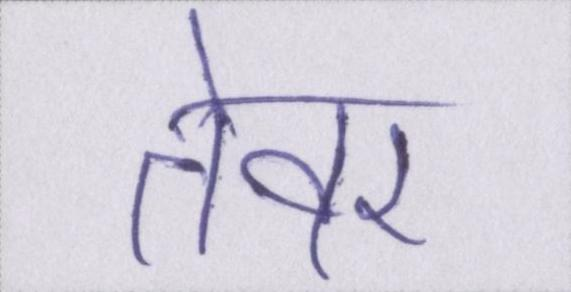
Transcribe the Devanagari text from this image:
तेवर